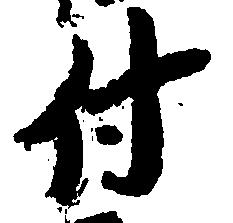
付